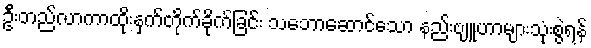
ဦးတည်လာကာထိုးနှက်တိုက်ခိုက်ခြင်း သဘောဆောင်သော နည်းဗျူဟာများသုံးစွဲရန်